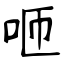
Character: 咂